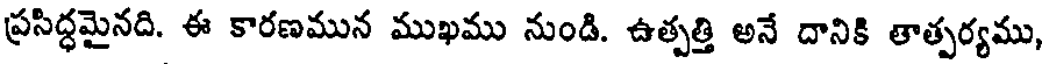
ప్రసిద్ధమైనది. ఈ కారణమున ముఖము నుండి. ఉత్పత్తి అనే దానికి తాత్పర్యము,